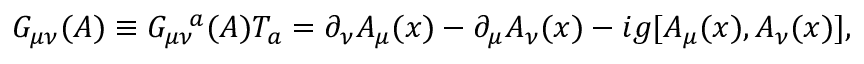
G _ { \mu \nu } ( A ) \equiv G _ { \mu \nu } ^ { ~ ~ a } ( A ) T _ { a } = \partial _ { \nu } A _ { \mu } ( x ) - \partial _ { \mu } A _ { \nu } ( x ) - i g [ A _ { \mu } ( x ) , A _ { \nu } ( x ) ] ,